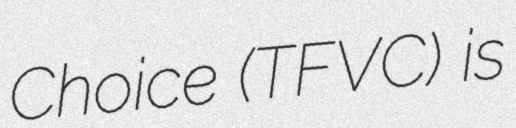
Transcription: Choice (TFVC) is